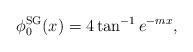
LaTeX: \begin{align*}\phi_0^{\rm SG}(x) = 4 \tan^{-1} e^{-mx},\end{align*}